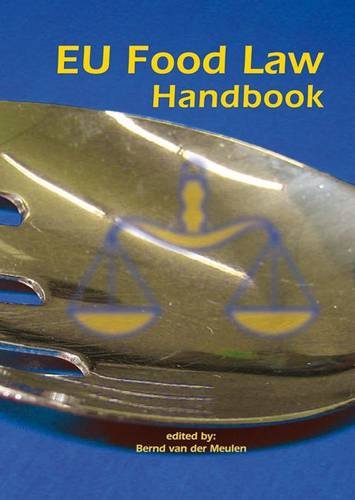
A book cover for EU Food Law Handbook (European Institute for Food Law); Law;